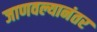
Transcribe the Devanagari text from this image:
जाणवल्यानंतर